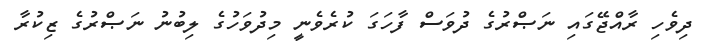
ދިވެހި ރާއްޖޭގައި ނަޞްރުގެ ދުވަސް ފާހަގަ ކުރެވެނީ މިދުވަހުގެ ލިބުނު ނަޞްރުގެ ޒިކުރާ